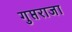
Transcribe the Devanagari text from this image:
गुप्तराजा